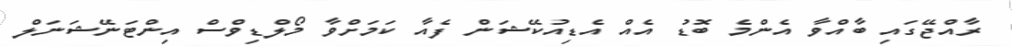
ރާއްޖޭގައި ބާއްވާ އެންމެ ބޮޑު އެއް އެޑިއުކޭޝަން ފެއާ ކަމަށްވާ މޯލްޑިވްސް އިންޓަނޭޝަަނަލް